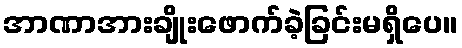
အာဏာအားချိုးဖောက်ခဲ့ခြင်းမရှိပေ။